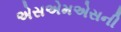
એસએમએસની